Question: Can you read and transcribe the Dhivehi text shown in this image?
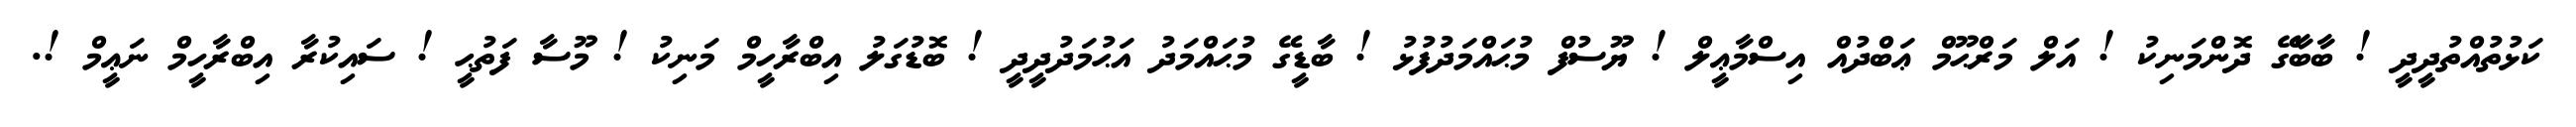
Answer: ކަޅުތުއްތުދީދީ ! ބާބާގޭ ދޮންމަނިކު ! އަލް މަރްޙޫމް ޢަބްދުއް އިސްމާޢީލް ! ޔޫސުފް މުޙައްމަދުފުޅު ! ބާޑީގޭ މުޙައްމަދު އަޙުމަދުދީދީ ! ބޮޑުގަލު އިބްރާހީމް މަނިކު ! މޫސާ ފަތުޙީ ! ސައިކުރާ އިބްރާހީމް ނަޢީމް !.